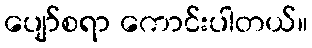
ပျော်စရာ ကောင်းပါတယ်။